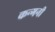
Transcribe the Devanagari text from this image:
कन्गनी